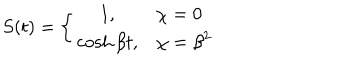
S ( t ) = \left\{ \begin{array} { c l } { { 1 , } } & { { \chi = 0 } } \\ { { \cosh \beta t , } } & { { \chi = { \beta } ^ { 2 } } } \\ \end{array} \right.